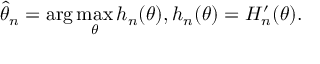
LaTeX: { \widehat { \theta } } _ { n } = \arg \operatorname* { m a x } _ { \theta } h _ { n } ( \theta ) , h _ { n } ( \theta ) = H _ { n } ^ { \prime } ( \theta ) .